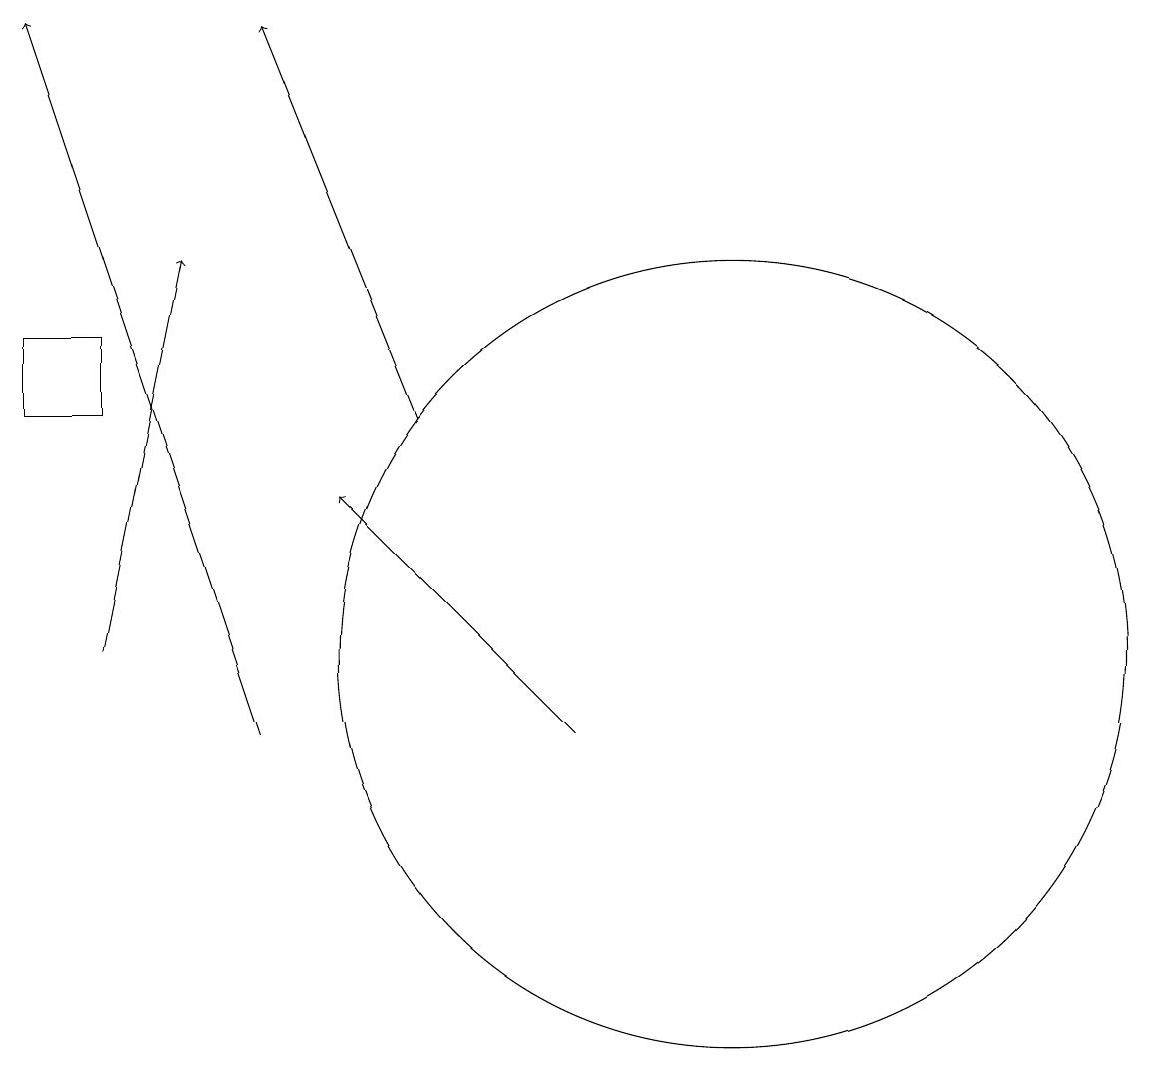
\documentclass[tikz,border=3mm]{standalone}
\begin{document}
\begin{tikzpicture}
\draw (11,11) circle (5);
\draw[->] (5,10) -- (2,19);
\draw[->] (7,14) -- (5,19);
\draw (3,14) rectangle (2,15);
\draw[->] (3,11) -- (4,16);
\draw[->] (9,10) -- (6,13);
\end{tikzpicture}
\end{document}